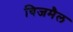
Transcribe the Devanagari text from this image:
विजमैल